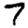
Digit: 7